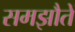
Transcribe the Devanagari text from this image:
समझौतें